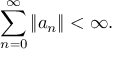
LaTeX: \sum _ { n = 0 } ^ { \infty } \| a _ { n } \| < \infty .